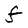
Character: F